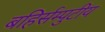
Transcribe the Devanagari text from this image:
बहिर्सम्पुटीय